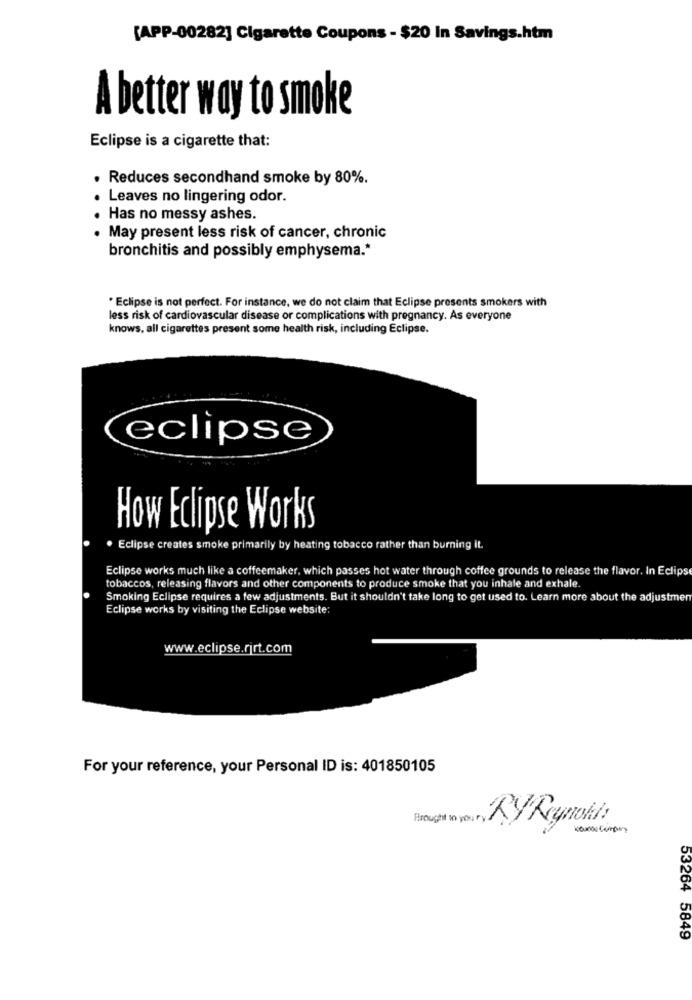
[APP-00282] Cigarette Coupons - $20 In Savings.htm
A better way to smoke
Eclipse is a cigarette that:
Reduces secondhand smoke by 80%.
Leaves no lingering odor.
Has no messy ashes.
. May present less risk of cancer, chronic
bronchitis and possibly emphysema .*
* Eclipse is not perfect. For instance, we do not claim that Eclipse presents smokers with
less risk of cardiovascular disease or complications with pregnancy. As everyone
knows, all cigarettes present some health risk, including Eclipse.
eclipse
How Eclipse Works
. Eclipse creates smoke primarily by heating tobacco rather than burning it.
Eclipse works much like a coffeemaker, which passes hot water through coffee grounds to release the flavor. In Eclipse
tobaccos, releasing flavors and other components to produce smoke that you inhale and exhale.
Smoking Eclipse requires a few adjustments. But it shouldn't take long to get used to. Learn more about the adjustmer
Eclipse works by visiting the Eclipse website:
www.eclipse.rjrt.com
For your reference, your Personal ID is: 401850105
Height in your , RY Reynolds
53264 5849